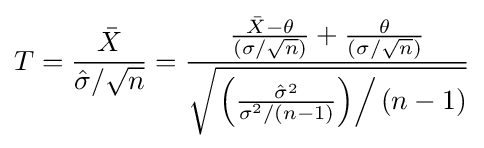
T={\frac {\bar {X}}{{\hat {\sigma }}/{\sqrt {n}}}}={\frac {{\frac {{\bar {X}}-\theta }{(\sigma /{\sqrt {n}})}}+{\frac {\theta }{(\sigma /{\sqrt {n}})}}}{\sqrt {\left.\left({\frac {{\hat {\sigma }}^{2}}{\sigma ^{2}/(n-1)}}\right)\right/(n-1)}}}